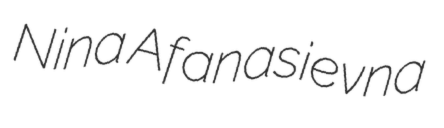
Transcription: Nina Afanasievna